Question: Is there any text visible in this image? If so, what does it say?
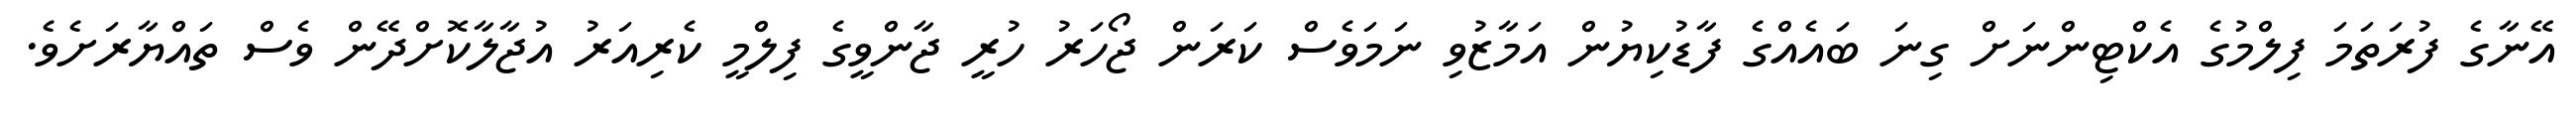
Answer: އޭނާގެ ފުރަތަމަ ފިލްމުގެ އެކްޓިންނަށް ގިނަ ބައެއްގެ ފާޑުކިޔުން އަމާޒުވި ނަމަވެސް ކަރަން ޖޯހަރު ހުރީ ޖާންވީގެ ފިލްމީ ކެރިއަރު އުޖާލާކޮށްދޭން ވެސް ތައްޔާރަށެވެ.